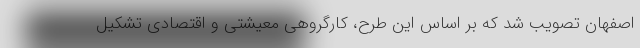
اصفهان تصویب شد که بر اساس این طرح، کارگروهی معیشتی و اقتصادی تشکیل